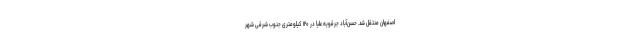
اصفهان منتقل شد. حسن‌آباد جرقویه علیا در ۱۲۰ کیلومتری جنوب شرقی شهر